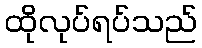
ထိုလုပ်ရပ်သည်